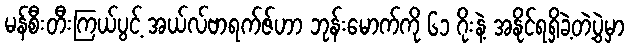
မန်စီးတီးကြယ်ပွင့် အယ်လ်ဗာရက်ဇ်ဟာ ဘုန်းမောက်ကို ၆၁ ဂိုးနဲ့ အနိုင်ရရှိခဲ့တဲ့ပွဲမှာ